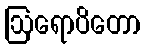
ဩရောပိတော